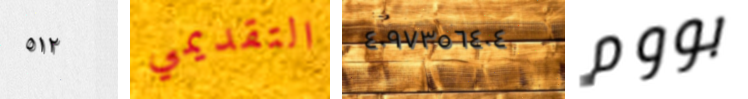
٥١٢ التقديمي ٤٠٩٧٣٥٦٤٠٤ بووم